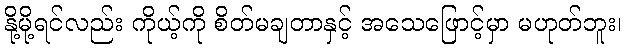
နို့မို့ရင်လည်း ကိုယ့်ကို စိတ်မချတာနှင့် အသေဖြောင့်မှာ မဟုတ်ဘူး၊